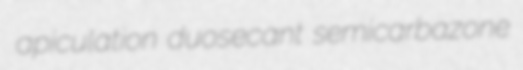
apiculation duosecant semicarbazone